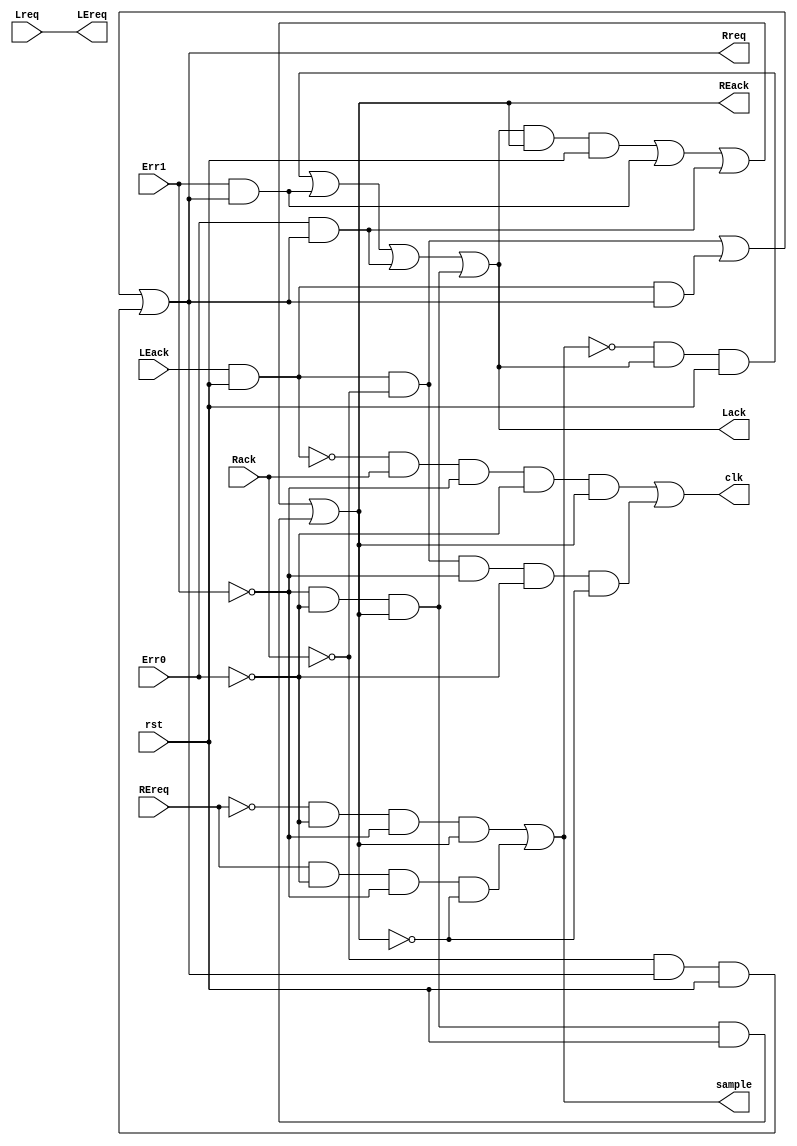
module controller(
	output Lack,
	output Rreq,
	output LEreq,
	output REack,
	output clk,
	output sample,
	input Lreq,
	input Rack,
	input LEack,
	input REreq,
	input Err1,
	input Err0,
	input rst
);

	//Delta delay
	wire a, b;						
	
	//internal signals
	wire goML, goLM ;

	assign Lack = goML ;
	assign LEreq = Lreq;

	assign #1 Rreq = goLM & ~Rack | goLM & Rreq | ~Rack & Rreq & rst ;
	assign #1 REack = goML & REack & rst | b & Rreq | a & Rreq | ~a & ~b & REack & rst ;
	assign #1 clk = ~goLM & Rack & ~Err1 & ~Err0 & REack | goLM & ~Rack & ~Err1 & ~Err0 & ~REack ;
	assign #1 sample = ~REreq & ~a & ~b & REack | REreq & ~a & ~b & ~REack ;

	assign #1 goLM = LEack & rst;
	assign #1 goML = ~sample & goML & rst | Err1 & Rreq | Err0 & Rreq | ~Err1 & ~Err0 & REack ;	

	assign #1 a = Err0 ;
	assign #15 b = Err1;
	
endmodule